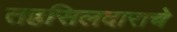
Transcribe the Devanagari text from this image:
तहसिलदाराचे